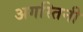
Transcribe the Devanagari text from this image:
अगस्तिनी